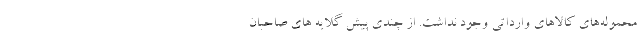
محموله‌های کالاهای وارداتی وجود نداشت. از چندی پیش گلایه های صاحبان